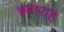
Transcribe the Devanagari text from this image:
इमाराह